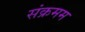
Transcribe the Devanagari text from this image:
संक्रमम